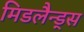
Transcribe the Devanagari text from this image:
मिडलैन्ड्स